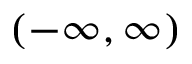
( - \infty , \infty )